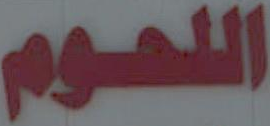
اللحوم